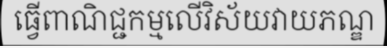
ធ្វើពាណិជ្ជកម្មលើវិស័យវាយភណ្ឌ